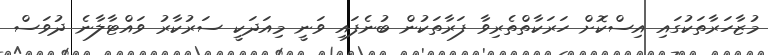
މުޒާހަރާތަކުގައި އިސްކޮށް ހަރަކާތްތެރިވާ ފަރާތަކުން ބުނެފައި ވަނީ މިއަދަކީ ސަރުކާރު ވައްޓާލާނެ ދުވަސް